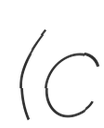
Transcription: (c